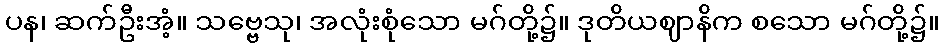
ပန၊ ဆက်ဦးအံ့။ သဗ္ဗေသု၊ အလုံးစုံသော မဂ်တို့၌။ ဒုတိယဈာနိက စသော မဂ်တို့၌။